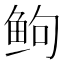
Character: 𬶋